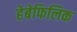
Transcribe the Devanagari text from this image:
हेबेफिलिक